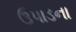
ઉપાડના